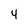
Character: 4